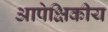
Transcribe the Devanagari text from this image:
आपेक्षिकीय